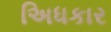
અિધકાર